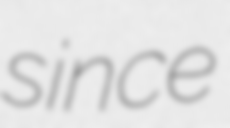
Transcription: since